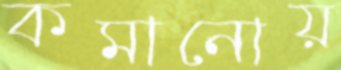
কমানোয়